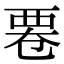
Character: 䙴